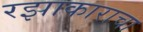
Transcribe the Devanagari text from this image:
रझाकाराचा